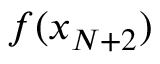
f ( x _ { N + 2 } )